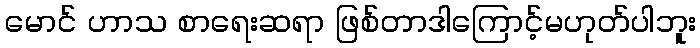
မောင် ဟာသ စာရေးဆရာ ဖြစ်တာဒါကြောင့်မဟုတ်ပါဘူး